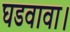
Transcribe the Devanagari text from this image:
घडवावा।